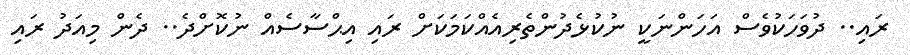
ރައި.. ދުވަހަކުވެސް އަހަންނަކީ ނުކުޅެދުންތެރިއެއްކަމަކަށް ރައި އިޙްސާސެއް ނުކޮށްދެ.. ދެން މިއަދު ރައި